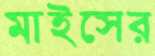
মাইসের